Annual report of the Central Committee of the Association together with the report of the directors of the Pasteur Institute at Kasauli
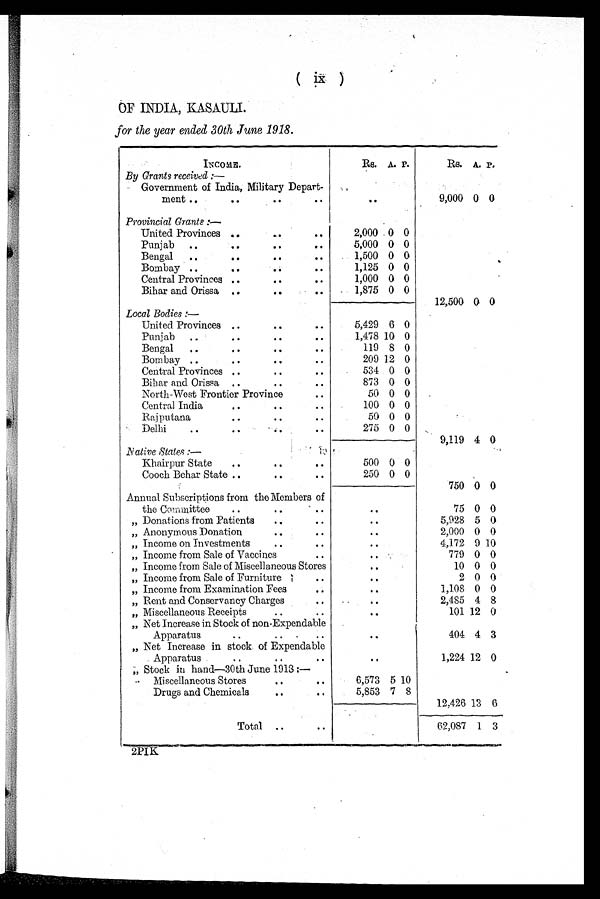
OF INDIA, KASAULI.
for the year ended 30th June 1918.
INCOME.
Rs. A. P.
Rs. A. P.
By Grants received :—
Government of India, Military Depart-
ment
..
9,000 0 0
Provincial Grants : —
United Provinces
2,000 0 0
Punjab
5,000 0 0
Bengal
1,500 0 0
Bombay
1,125 0 0
Central Provinces
1,000 0 0
Bihar and Orissa
1,875 0 0
12,500 0 0
Local Bodies : —
United Provinces
5,429 6 0
Punjab
1,478 10 0
Bengal
119 8 0
Bombay
209 12 0
Central Provinces
534 0 0
Bihar and Orissa
873 0 0
North-West Frontier Province
50 0 0
Central India
100 0 0
Rajputana
50 0 0
Delhi
275 0 0
9,119 4 0
Native States:—
Khairpur State
500 0 0
Cooch Behar State
250 0 0
750 0 0
Annual Subscriptions from the Members of
the Committee
..
75 0 0
„ Donations from Patients
. .
5,928 5 0
„ Anonymous Donation
. .
2,000 0 0
„ Income on Investments
. .
4,172 9 10
„ Income from Sale of Vaccines
. .
779 0 0
„ Income from Sale of Miscellaneous Stores
. .
10 0 0
„ Income from Sale of Furniture
. .
2 0 0
„ Income from Examination Fees
. .
1,108 0 0
„ Rent and Conservancy Charges
. .
2,485 4 8
„ Miscellaneous Receipts
. .
101 12 0
„ Net Increase in Stock of non-Expendable
Apparatus
. .
404 4 3
„ Net Increase in stock of Expendable
Apparatus
. .
1,224 12 0
,, Stock in hand—30th June 1918:—
Miscellaneous Stores
6,573 5 10
Drugs and Chemicals
5,853 7 8
12,426 13
6
Total
62,087 1 3
2PIK